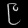
Digit: ၉